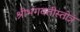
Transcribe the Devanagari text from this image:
श्रीभगवतीस्तोत्रं